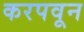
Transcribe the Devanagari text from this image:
करपवून